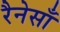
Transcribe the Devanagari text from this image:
रैनेसाँ